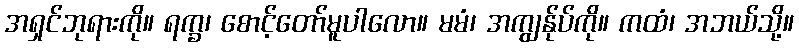
အရှင်ဘုရားကို။ ရက္ခ၊ စောင့်တော်မူပါလော။ မမံ၊ အကျွန်ုပ်ကို။ ကထံ၊ အဘယ်သို့။